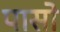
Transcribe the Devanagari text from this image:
पासो